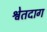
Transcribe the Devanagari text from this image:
श्वेतदाग